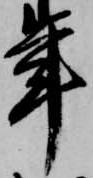
年